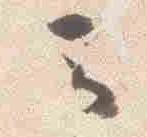
云